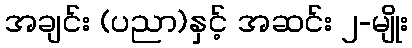
အချင်း (ပညာ)နှင့် အဆင်း ၂-မျိုး